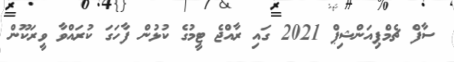
ސާފް ޗެމްޕިއަންޝިޕް 2021 ގައި ރާއްޖެ ޓީމުގެ ކުޅުން ފާހަގަ ކުރައްވާ ވީރަކޫން